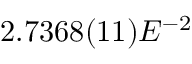
2 . 7 3 6 8 ( 1 1 ) E ^ { - 2 }